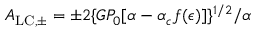
A _ { \mathrm { L C , \pm } } = \pm 2 \{ G P _ { 0 } [ \alpha - \alpha _ { c } f ( \epsilon ) ] \} ^ { 1 / 2 } / \alpha